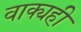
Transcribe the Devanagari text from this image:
वाक्यही